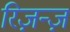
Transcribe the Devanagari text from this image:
रिज़न्ज़